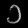
Digit: ၁